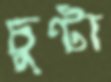
চুন্টা